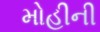
મોહીની